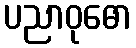
ပညာဝုဓော